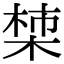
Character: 𪲳